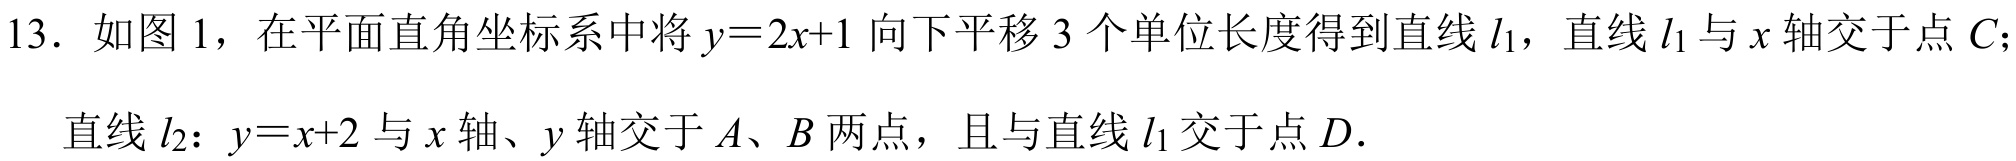
13. 如图 1，在平面直角坐标系中将 \(y = 2x + 1\) 向下平移 \(3\) 个单位长度得到直线 \(l_1\)，直线 \(l_1\) 与 \(x\) 轴交于点 \(C\)；
直线 \(l_2\)：\(y = x + 2\) 与 \(x\) 轴、\(y\) 轴交于 \(A\)、\(B\) 两点，且与直线 \(l_1\) 交于点 \(D\).